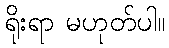
ရိုးရာ မဟုတ်ပါ။